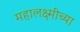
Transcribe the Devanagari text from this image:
महालक्ष्मींच्या